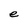
Character: e